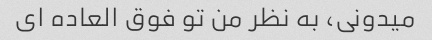
میدونی، به نظر من تو فوق العاده ای